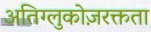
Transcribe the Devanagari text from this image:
अतिग्लुकोज़रक्तता